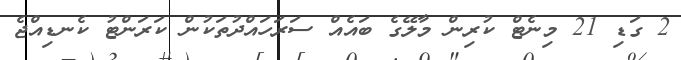
2 ގަޑި 21 މިނެޓް ކުރިން މާލޭގެ ބައެއް ސަރަހައްދުތަކުން ކަރަންޓު ކެނޑިއްޖެ